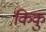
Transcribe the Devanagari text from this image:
किकु